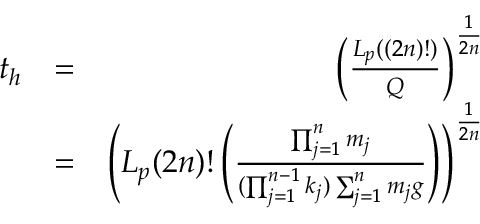
\begin{array} { r l r } { t _ { h } } & { = } & { \left( \frac { L _ { p } ( ( 2 n ) ! ) } { Q } \right) ^ { \frac { 1 } { 2 n } } } \\ & { = } & { \left( L _ { p } ( 2 n ) ! \left( \frac { \prod _ { j = 1 } ^ { n } m _ { j } } { ( \prod _ { j = 1 } ^ { n - 1 } k _ { j } ) \sum _ { j = 1 } ^ { n } m _ { j } g } \right) \right) ^ { \frac { 1 } { 2 n } } } \end{array}